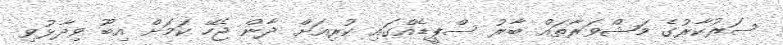
ސަރުކާރުގެ މަޝްވަރާތައް ބާރު ސްޕީޑެއްގައި ކުރިއަށް ދާން ޖެހޭ ކަމަށް އިބޫ ވިދާޅުވި